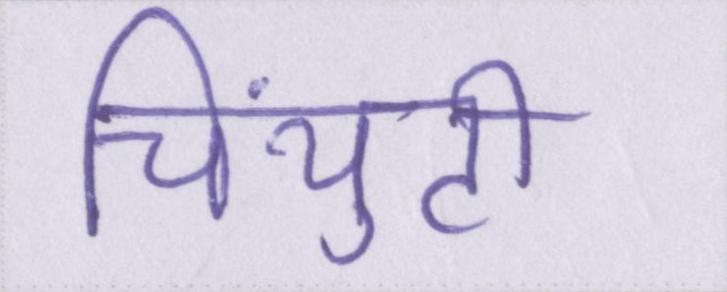
चिंयुटी